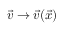
\vec { v } \rightarrow \vec { v } ( \vec { x } )